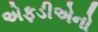
એફડીએનો